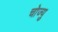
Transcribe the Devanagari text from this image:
चोज्यु